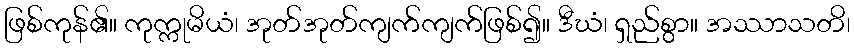
ဖြစ်ကုန်၏။ ကုက္ကုမိယံ၊ အုတ်အုတ်ကျက်ကျက်ဖြစ်၍။ ဒီဃံ၊ ရှည်စွာ။ အဿာသတိ၊